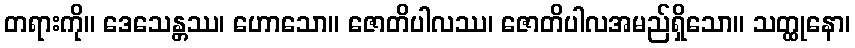
တရားကို။ ဒေသေန္တဿ၊ ဟောသော။ ဇောတိပါလဿ၊ ဇောတိပါလအမည်ရှိသော။ သတ္ထုနော၊